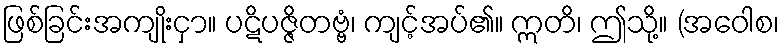
ဖြစ်ခြင်းအကျိုးငှာ။ ပဋိပဇ္ဇိတဗ္ဗံ၊ ကျင့်အပ်၏။ ဣတိ၊ ဤသို့။ (အဝေါစ၊